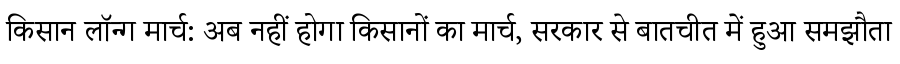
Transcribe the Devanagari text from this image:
किसान लॉन्ग मार्च: अब नहीं होगा किसानों का मार्च, सरकार से बातचीत में हुआ समझौता